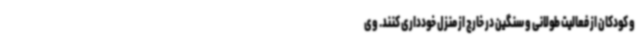
و کودکان از فعالیت طولانی و سنگین در خارج از منزل خودداری کنند. وی